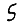
Digit: 5